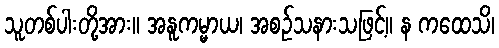
သူတစ်ပါးတို့အား။ အနူကမ္မာယ၊ အစဉ်သနားသဖြင့်။ န ကထေသိ၊